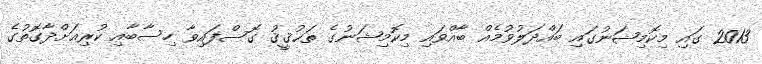
2013 ގައި މިކޮމިޝަނުގައި ބައްދަލުވުމެއް ބާއްވައި މިކޮމިޝަނުގެ ތަޙުޤީޤު ގޮސްފައިވާ ހިސާބާއި ކުރިއަށްދާގޮތުގެ